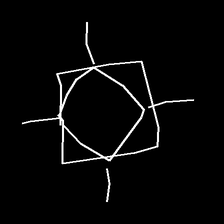
Glyph: light